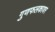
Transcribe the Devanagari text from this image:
गुणफलकावर